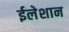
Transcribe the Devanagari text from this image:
ईलेशान